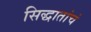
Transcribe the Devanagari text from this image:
सिद्धातांचं